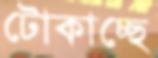
টোকাচ্ছে